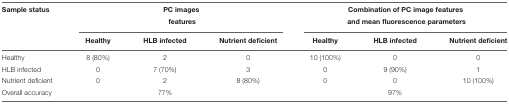
<table><thead><tr><td><b>Sample status</b></td><td colspan="3"><b>PC images</b></td><td colspan="3"><b>Combination of PC image features</b></td></tr><tr><td></td><td colspan="3"><b>features</b></td><td colspan="3"><b>and mean fluorescence parameters</b></td></tr><tr><td></td><td><b>Healthy</b></td><td><b>HLB infected</b></td><td><b>Nutrient deficient</b></td><td><b>Healthy</b></td><td><b>HLB infected</b></td><td><b>Nutrient deficient</b></td></tr></thead><tbody><tr><td>Healthy</td><td>8 (80%)</td><td>2</td><td>0</td><td>10 (100%)</td><td>0</td><td>0</td></tr><tr><td>HLB infected</td><td>0</td><td>7 (70%)</td><td>3</td><td>0</td><td>9 (90%)</td><td>1</td></tr><tr><td>Nutrient deficient</td><td>0</td><td>2</td><td>8 (80%)</td><td>0</td><td>0</td><td>10 (100%)</td></tr><tr><td>Overall accuracy</td><td></td><td>77%</td><td></td><td></td><td>97%</td></tr></tbody></table>